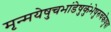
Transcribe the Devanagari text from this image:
मृन्मयेषुचभांडेषुकुंभेषुरुचकेषुवा